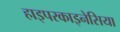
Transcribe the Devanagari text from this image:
हाइपरकाइनेसिया